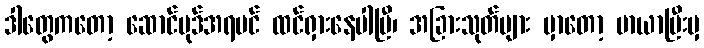
ဒါတွေကတော့ ဆောင်ပုဒ်အရပင် ထင်ရှားနေပါပြီ၊ အခြားသုတ်များ မှာတော့ မာယာပြီးမှ